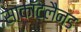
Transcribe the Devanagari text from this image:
साकाॅटलैन्ड